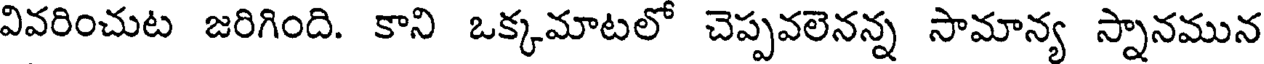
వివరించుట జరిగింది. కాని ఒక్కమాటలో చెప్పవలెనన్న సామాన్య స్నానమున